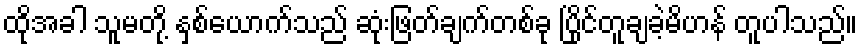
ထိုအခါ သူမတို့ နှစ်ယောက်သည် ဆုံးဖြတ်ချက်တစ်ခု ပြိုင်တူချခဲ့မိဟန် တူပါသည်။